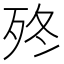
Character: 𣧩